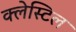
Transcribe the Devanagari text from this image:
क्लेस्टिल